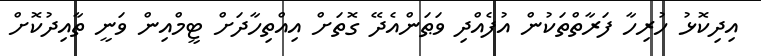
އިދިކޮޅު ހުރިހާ ފަރާތްތަކުން އުފެއްދި ވަޠަންއެދޭ ގޮތަށް އިއްތިހާދަށް ޓީމްއިން ވަނީ ތާއިދުކޮށް